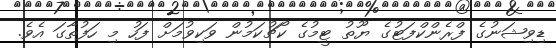
ޑިވިޝަނުގެ ފްރެންކްފަޓުގެ ޔޫތު ޓީމުގެ ކޯޗުކަމުން ވަކިވުމަށް ފަހު މި ހަފުތާގަ އެވެ.